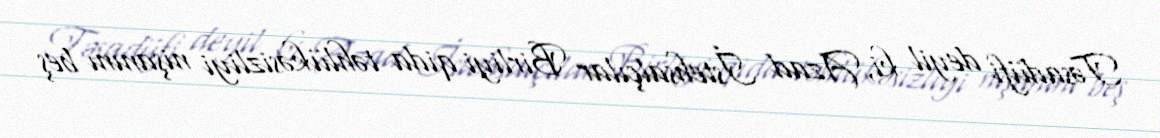
Təsadüfi deyil ki, Azad İstehsalçılar Birliyi qida təhlükəsizliyi nişanını beş